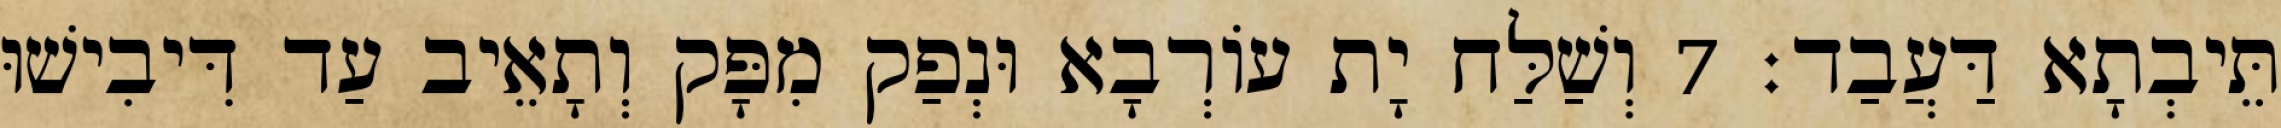
תֵּיבְתָא דַּעֲבַד׃ 7 וְשַׁלַּח יָת עוֹרְבָא וּנְפַק מִפָּק וְתָאֵיב עַד דִּיבִישׁוּ